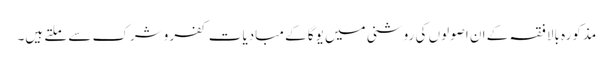
مذکورہ بالا فقہ کے ان اصولوں کی روشنی میں یوگا کے مبادیات کفر وشرک سے ملتے ہیں۔